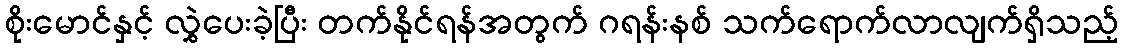
စိုးမောင်နှင့် လွှဲပေးခဲ့ပြီး တက်နိုင်ရန်အတွက် ဂရန်းနစ် သက်ရောက်လာလျက်ရှိသည့်